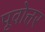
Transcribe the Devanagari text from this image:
पूवोत्तर